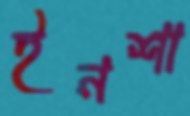
ইনশা